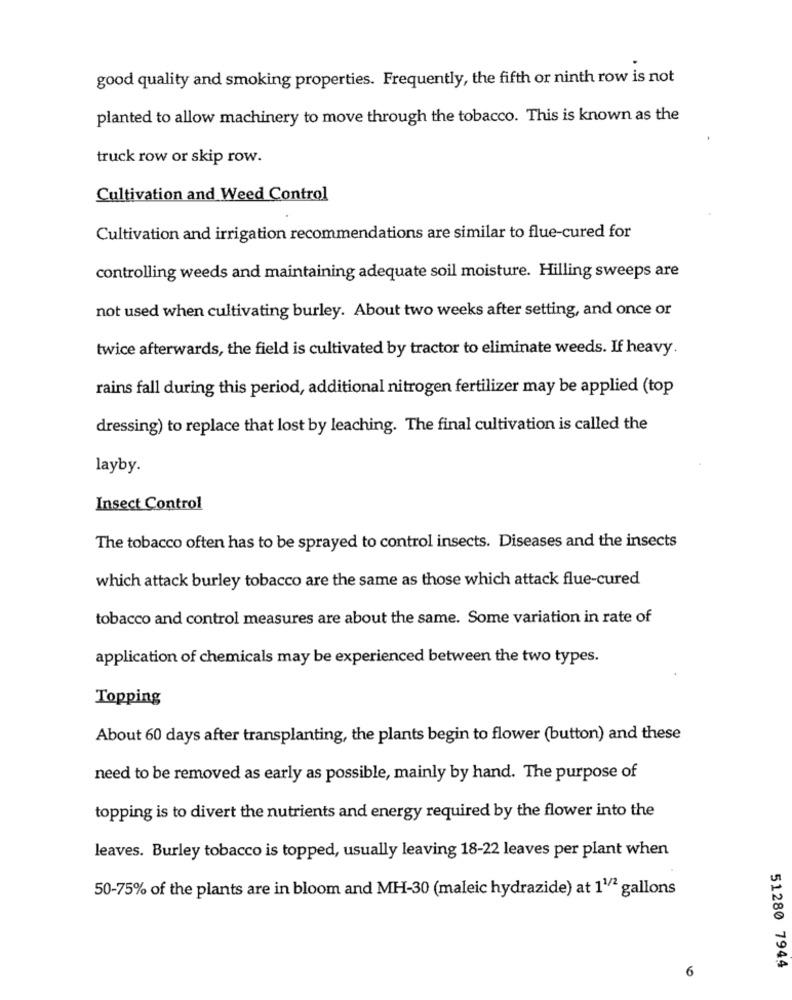
good quality and smoking properties. Frequently, the fifth or ninth row is not
planted to allow machinery to move through the tobacco. This is known as the
truck row or skip row.
Cultivation and Weed Control
Cultivation and irrigation recommendations are similar to flue-cured for
controlling weeds and maintaining adequate soil moisture. Hilling sweeps are
not used when cultivating burley. About two weeks after setting, and once or
twice afterwards, the field is cultivated by tractor to eliminate weeds. If heavy
rains fall during this period, additional nitrogen fertilizer may be applied (top
dressing) to replace that lost by leaching. The final cultivation is called the
layby.
Insect Control
The tobacco often has to be sprayed to control insects. Diseases and the insects
which attack burley tobacco are the same as those which attack flue-cured
tobacco and control measures are about the same. Some variation in rate of
application of chemicals may be experienced between the two types.
Topping
About 60 days after transplanting, the plants begin to flower (button) and these
need to be removed as early as possible, mainly by hand. The purpose of
topping is to divert the nutrients and energy required by the flower into the
leaves. Burley tobacco is topped, usually leaving 18-22 leaves per plant when
50-75% of the plants are in bloom and MH-30 (maleic hydrazide) at 11/2 gallons
6
51280 7944